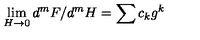
\lim _ { H \rightarrow 0 } d ^ { m } F / d ^ { m } H = \sum c _ { k } g ^ { k }